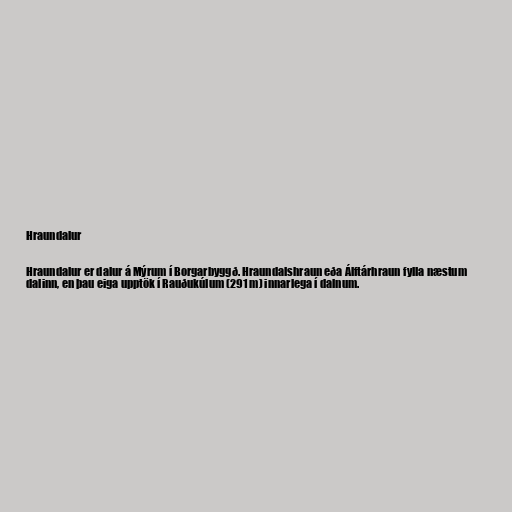
Hraundalur

Hraundalur er dalur á Mýrum í Borgarbyggð. Hraundalshraun eða Álftárhraun fylla næstum
dalinn, en þau eiga upptök í Rauðukúlum (291 m) innarlega í dalnum.